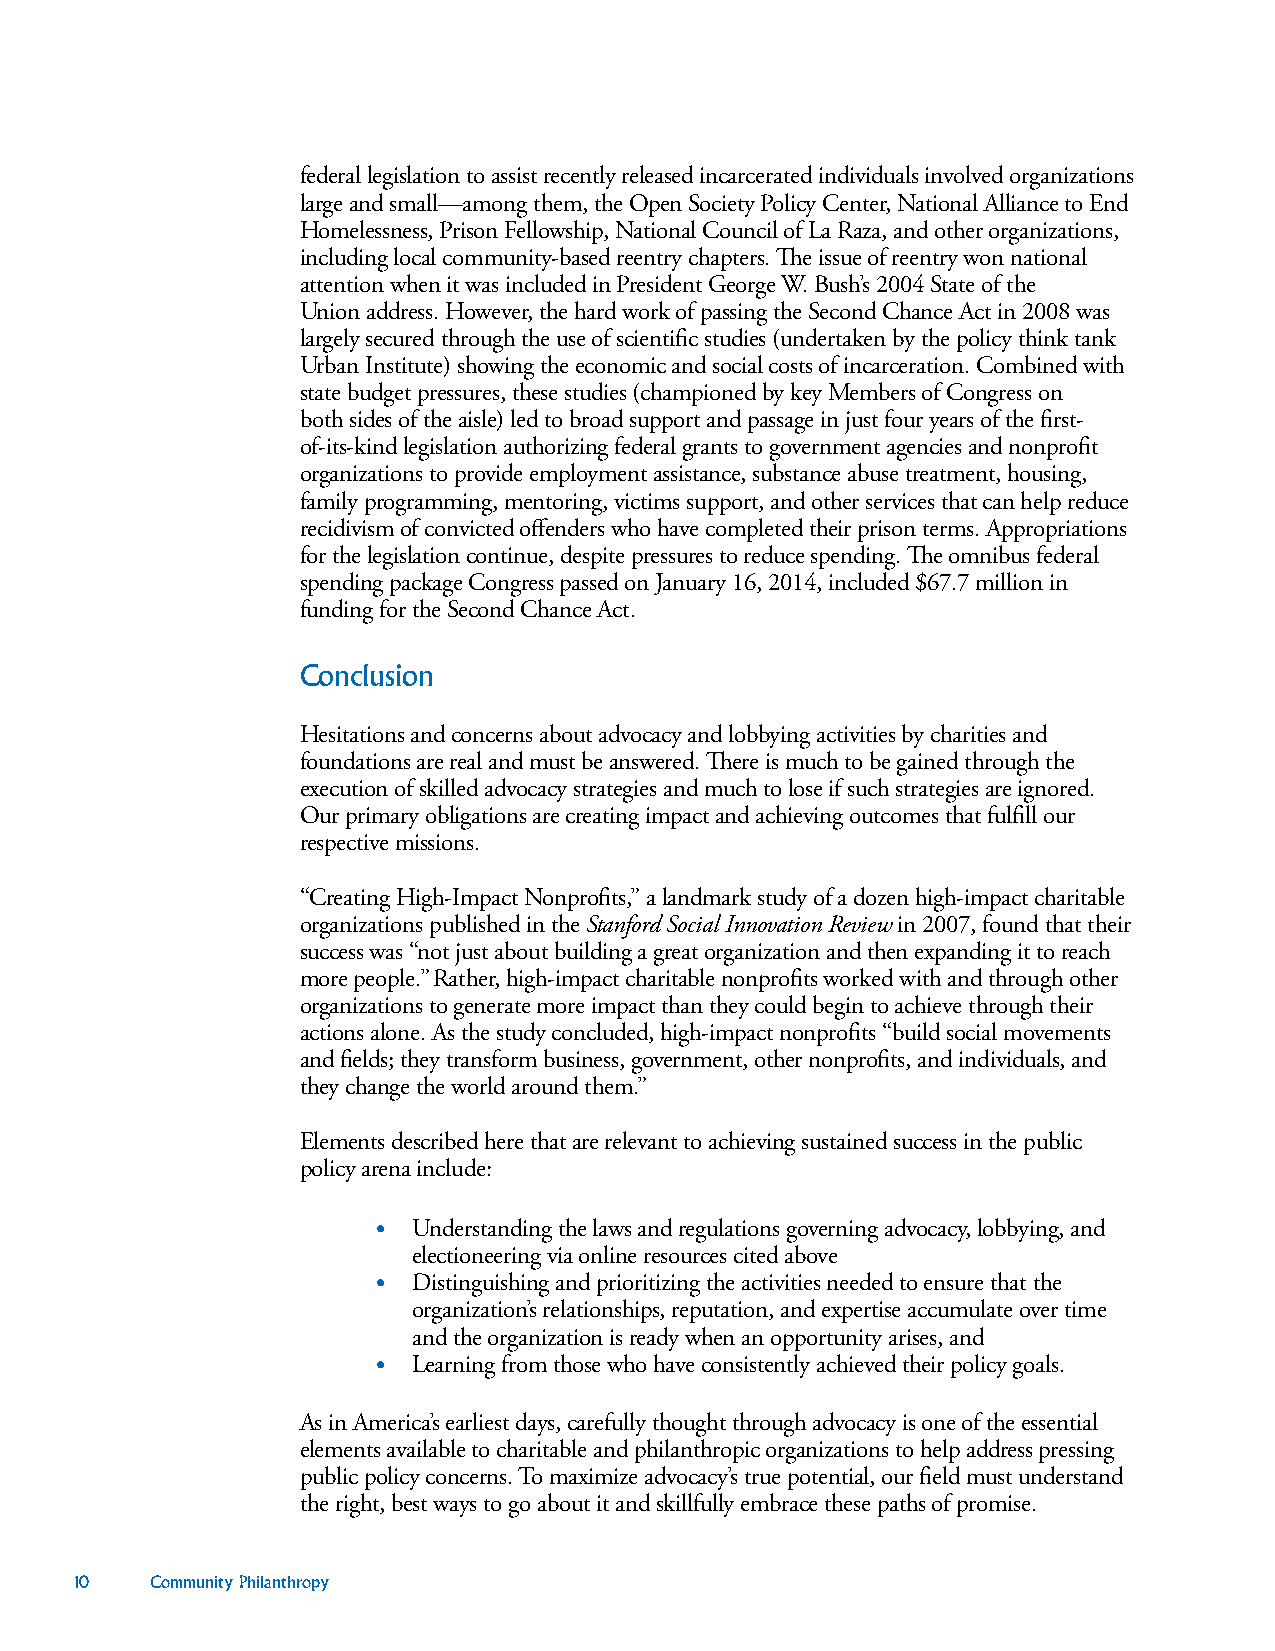
federal legislation to assist recently released incarcerated individuals involved organizations
 large and small—among them, the Open Society Policy Center, National Alliance to End
 Homelessness, Prison Fellowship, National Council of La Raza, and other organizations,
 including local community-based reentry chapters. The issue of reentry won national
 attention when it was included in President George W. Bush’s 2004 State of the
 Union address. However, the hard work of passing the Second Chance Act in 2008 was
 largely secured through the use of scientific studies (undertaken by the policy think tank
 Urban Institute) showing the economic and social costs of incarceration. Combined with
 state budget pressures, these studies (championed by key Members of Congress on
 both sides of the aisle) led to broad support and passage in just four years of the first-
 of-its-kind legislation authorizing federal grants to government agencies and nonprofit
 organizations to provide employment assistance, substance abuse treatment, housing,
 family programming, mentoring, victims support, and other services that can help reduce
 recidivism of convicted offenders who have completed their prison terms. Appropriations
 for the legislation continue, despite pressures to reduce spending. The omnibus federal
 spending package Congress passed on January 16, 2014, included $67.7 million in
 funding for the Second Chance Act.
 Conclusion
 Hesitations and concerns about advocacy and lobbying activities by charities and
 foundations are real and must be answered. There is much to be gained through the
 execution of skilled advocacy strategies and much to lose if such strategies are ignored.
 Our primary obligations are creating impact and achieving outcomes that fulfill our
 respective missions.
 “Creating High-Impact Nonprofits,” a landmark study of a dozen high-impact charitable
 organizations published in the Stanford Social Innovation Review in 2007, found that their
 success was “not just about building a great organization and then expanding it to reach
 more people.” Rather, high-impact charitable nonprofits worked with and through other
 organizations to generate more impact than they could begin to achieve through their
 actions alone. As the study concluded, high-impact nonprofits “build social movements
 and fields; they transform business, government, other nonprofits, and individuals, and
 they change the world around them.”
 Elements described here that are relevant to achieving sustained success in the public
 policy arena include:
 • Understanding the laws and regulations governing advocacy, lobbying, and
 electioneering via online resources cited above
 • Distinguishing and prioritizing the activities needed to ensure that the
 organization’s relationships, reputation, and expertise accumulate over time
 and the organization is ready when an opportunity arises, and
 • Learning from those who have consistently achieved their policy goals.
 As in America’s earliest days, carefully thought through advocacy is one of the essential
 elements available to charitable and philanthropic organizations to help address pressing
 public policy concerns. To maximize advocacy’s true potential, our field must understand
 the right, best ways to go about it and skillfully embrace these paths of promise.
 10   Community Philanthropy